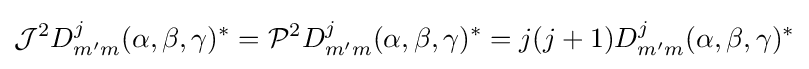
{\mathcal {J}}^{2}D_{m'm}^{j}(\alpha ,\beta ,\gamma )^{*}={\mathcal {P}}^{2}D_{m'm}^{j}(\alpha ,\beta ,\gamma )^{*}=j(j+1)D_{m'm}^{j}(\alpha ,\beta ,\gamma )^{*}